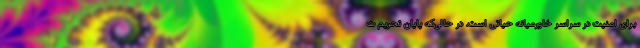
برای امنیت در سراسر خاورمیانه حیاتی است. در حالی‌که پایان تحریم ت